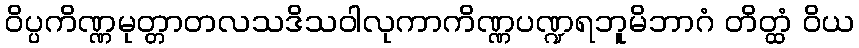
ဝိပ္ပကိဏ္ဏမုတ္တာတလသဒိသဝါလုကာကိဏ္ဏပဏ္ဍရဘူမိဘာဂံ တိတ္ထံ ဝိယ